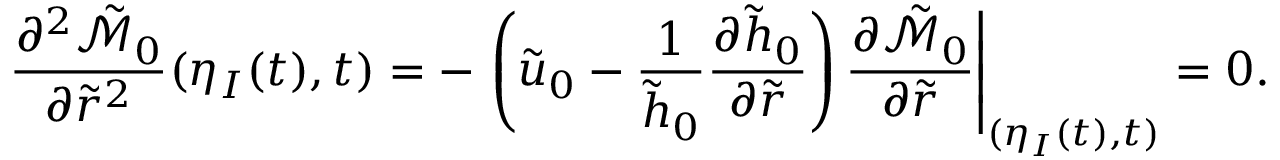
\frac { \partial ^ { 2 } \tilde { \mathcal { M } } _ { 0 } } { \partial \tilde { r } ^ { 2 } } ( \eta _ { I } ( t ) , t ) = - \left. \left( \tilde { u } _ { 0 } - \frac { 1 } { \tilde { h } _ { 0 } } \frac { \partial \tilde { h } _ { 0 } } { \partial \tilde { r } } \right) \frac { \partial \tilde { \mathcal { M } } _ { 0 } } { \partial \tilde { r } } \right| _ { ( \eta _ { I } ( t ) , t ) } = 0 .